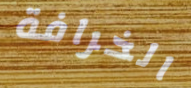
الخرافة